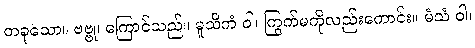
တခုသော။ ဗဗ္ဗု၊ ကြောင်သည်။ မူသိကံ ဝါ၊ ကြွက်မကိုလည်းကောင်း။ မံသံ ဝါ၊